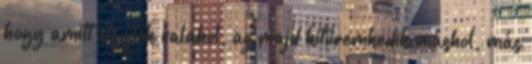
hogy amitt elfojtok valahol, az majd kitüremkedik máshol, más